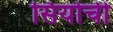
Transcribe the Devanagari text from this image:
सियोची